Sanitation, dispensaries and jails vaccination Rajputana 1922-1927 - 1922-1927
Year: 1922
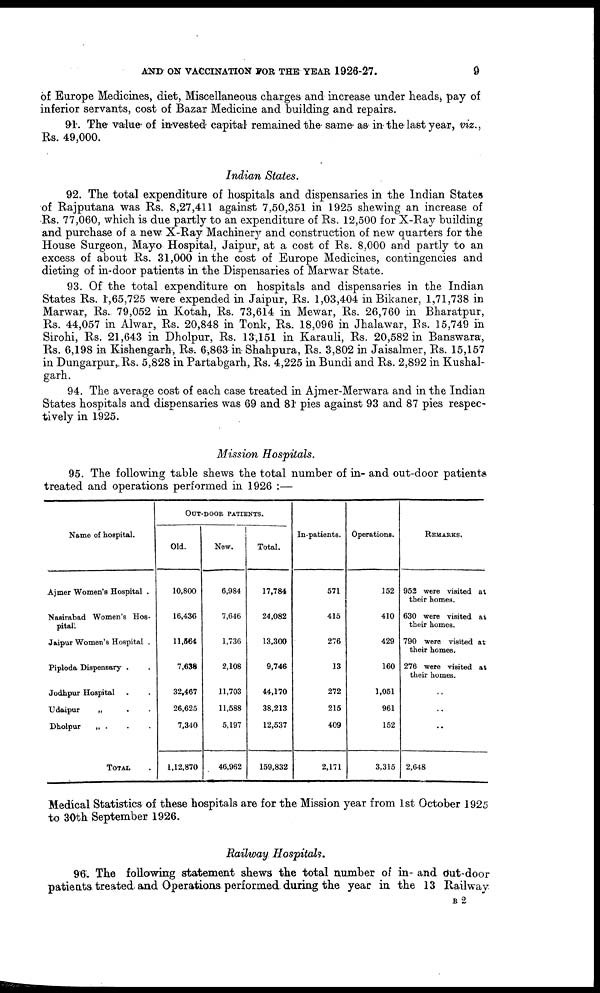
AND ON VACCINATION FOR THE YEAR 1926-27.
9
of Europe Medicines, diet, Miscellaneous charges and increase under heads, pay of
inferior servants, cost of Bazar Medicine and building and repairs.
91. The value of invested capital remained the same as in the last year, viz.,
Rs. 49,000.
Indian States.
92. The total expenditure of hospitals and dispensaries in the Indian States
of Rajputana was Rs. 8,27,411 against 7,50,351 in 1925 shewing an increase of
Rs. 77,060, which is due partly to an expenditure of Rs. 12,500 for X-Ray building
and purchase of a new X-Ray Machinery and construction of new quarters for the
House Surgeon, Mayo Hospital, Jaipur, at a cost of Rs. 8,000 and partly to an
excess of about Rs. 31,000 in the cost of Europe Medicines, contingencies and
dieting of in-door patients in the Dispensaries of Marwar State.
93. Of the total expenditure on hospitals and dispensaries in the Indian
States Rs. 1,65,725 were expended in Jaipur, Rs. 1,03,404 in Bikaner, 1,71,738 in
Marwar, Rs. 79,052 in Kotah, Rs. 73,614 in Mewar, Rs. 26,760 in Bharatpur,
Rs. 44,057 in Alwar, Rs. 20,848 in Tonk, Rs. 18,096 in Jhalawar, Rs. 15,749 in
Sirohi, Rs. 21,643 in Dholpur, Rs. 13,151 in Karauli, Rs. 20,582 in Banswara,
Rs. 6,198 in Kishengarh, Rs. 6,863 in Shahpura, Rs. 3,802 in Jaisalmer, Rs. 15,157
in Dungarpur, Rs. 5,828 in Partabgarh, Rs. 4,225 in Bundi and Rs. 2,892 in Kushal-
garh.
94. The average cost of each case treated in Ajmer-Merwara and in the Indian
States hospitals and dispensaries was 69 and 81 pies against 93 and 87 pies respec-
tively in 1925.
Mission Hospitals.
95. The following table shews the total number of in- and out-door patients
treated and operations performed in 1926 :—
Name of hospital.
Ajmer Women's Hospital .
Nasirabad Women's Hos-
pital.
Jaipur Women's Hospital .
Piploda Dispensary .
Jodhpur Hospital . .
Udaipur
„ . .
Dholpur
„ . . .
TOTAL .
OUT-DOOR PATIENTS.
Old.
10,800
16,436
11,564
7,638
32,467
26,625
7,340
1,12,870
New.
6,984
7,646
1,736
2,108
11,703
11,588
5,197
46,962
Total.
17,784
24,082
13,300
9,746
44,170
38,213
12,537
159,832
In-patients.
571
415
276
13
272
215
409
2,171
Operations.
152
410
429
160
1,051
961
152
3,315
REMARKS.
952 were visited at
their homes.
630 were visited at
their homes.
790 were visited at
their homes.
276 were visited at
their homes.
..
..
..
2,648
Medical Statistics of these hospitals are for the Mission year from 1st October 1925
to 30th September 1926.
Railway Hospitals.
96. The following statement shews the total number of in- and out-door
patients treated and Operations performed during the year in the 13 Railway
B 2